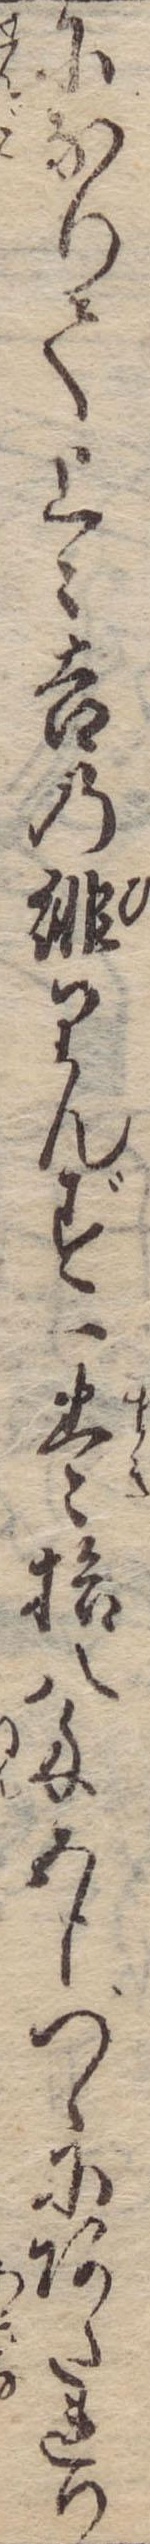
になりて上々吉の緋りんず一巻拾八匁五分づゝにあたれり